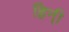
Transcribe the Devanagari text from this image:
हिन्ी